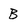
Character: B